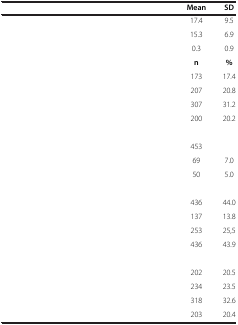
<table><thead><tr><td>[EMPTY_CELL]</td><td><b>Mean</b></td><td><b>SD</b></td></tr></thead><tbody><tr><td>[EMPTY_CELL]</td><td>17.4</td><td>9.5</td></tr><tr><td>[EMPTY_CELL]</td><td>15.3</td><td>6.9</td></tr><tr><td>[EMPTY_CELL]</td><td>0.3</td><td>0.9</td></tr><tr><td>[EMPTY_CELL]</td><td><b>n</b></td><td><b>%</b></td></tr><tr><td>[EMPTY_CELL]</td><td>173</td><td>17.4</td></tr><tr><td>[EMPTY_CELL]</td><td>207</td><td>20.8</td></tr><tr><td>[EMPTY_CELL]</td><td>307</td><td>31.2</td></tr><tr><td>[EMPTY_CELL]</td><td>200</td><td>20.2</td></tr><tr><td>[EMPTY_CELL]</td><td>[EMPTY_CELL]</td><td>[EMPTY_CELL]</td></tr><tr><td>[EMPTY_CELL]</td><td>453</td><td>[EMPTY_CELL]</td></tr><tr><td>[EMPTY_CELL]</td><td>69</td><td>7.0</td></tr><tr><td>[EMPTY_CELL]</td><td>50</td><td>5.0</td></tr><tr><td>[EMPTY_CELL]</td><td>[EMPTY_CELL]</td><td>[EMPTY_CELL]</td></tr><tr><td>[EMPTY_CELL]</td><td>436</td><td>44.0</td></tr><tr><td>[EMPTY_CELL]</td><td>137</td><td>13.8</td></tr><tr><td>[EMPTY_CELL]</td><td>253</td><td>25,5</td></tr><tr><td>[EMPTY_CELL]</td><td>436</td><td>43.9</td></tr><tr><td>[EMPTY_CELL]</td><td>[EMPTY_CELL]</td><td>[EMPTY_CELL]</td></tr><tr><td>[EMPTY_CELL]</td><td>202</td><td>20.5</td></tr><tr><td>[EMPTY_CELL]</td><td>234</td><td>23.5</td></tr><tr><td>[EMPTY_CELL]</td><td>318</td><td>32.6</td></tr><tr><td>[EMPTY_CELL]</td><td>203</td><td>20.4</td></tr></tbody></table>